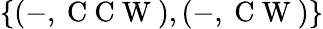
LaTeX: \{ (-,\mathrm{~C~C~W~}),(-,\mathrm{~C~W~})\}